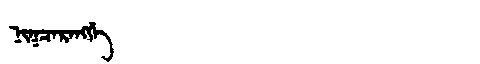
Manchu: ᠨᡳᡴᠴᠠᡵᠠᠩᡤᡝ
Romanization: NIKCARANGGE